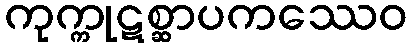
ကုက္ကုဋစ္ဆာပကဿေဝ